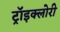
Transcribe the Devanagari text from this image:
ट्रॉइक्लोरी